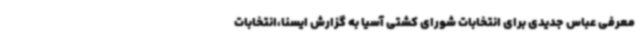
معرفی عباس جدیدی برای انتخابات شورای کشتی آسیا به گزارش ایسنا،انتخابات